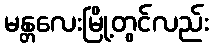
မန္တလေးမြို့တွင်လည်း